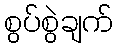
စွပ်စွဲချက်